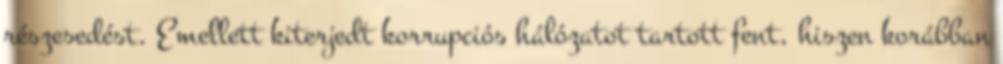
részesedést. Emellett kiterjedt korrupciós hálózatot tartott fent, hiszen korábban